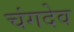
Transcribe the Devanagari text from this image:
चंगदेव